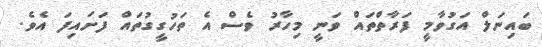
ބައިނަލް އަގުވާމީ ފަރާތްތައް ވަނީ މިހާރު ވެސް އެ ތަހުގީގުތައް ފަށައިފަ އެވެ.